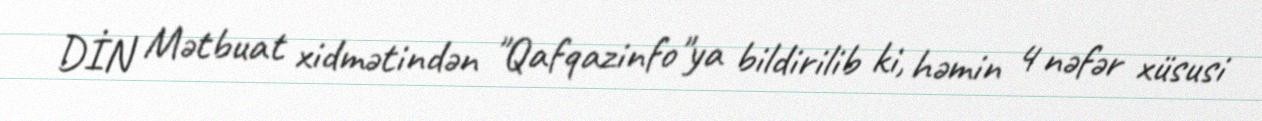
DİN Mətbuat xidmətindən "Qafqazinfo"ya bildirilib ki, həmin 4 nəfər xüsusi